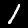
Label: 1